Indian journal of veterinary science and animal husbandry - Volumes 18-21, 1948-1951
Year: 1948
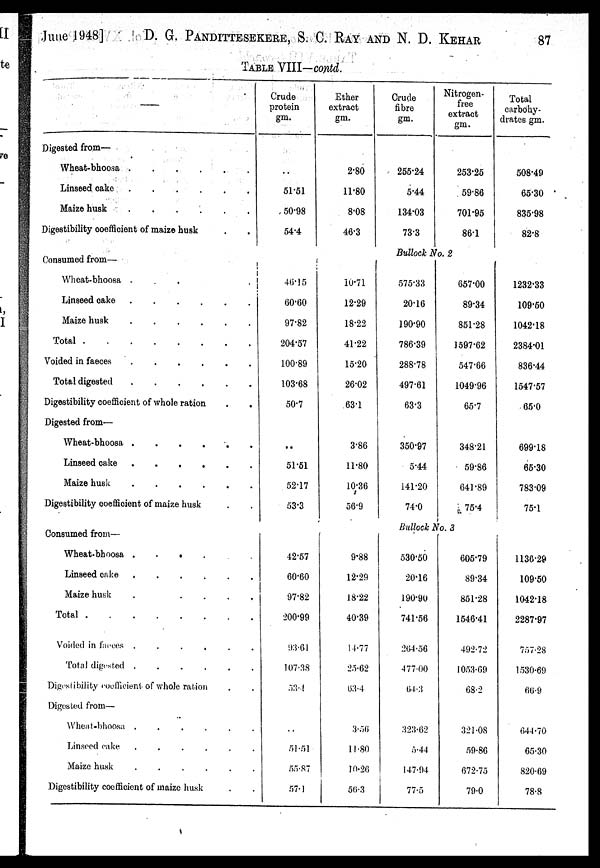
June 1948]
D. G. PANDITTESEKERE, S. C. RAY AND N. D.
KEHAR
87
TABLE VIII—contd.
Digested from—
Wheat-bhoosa
.
.
.
.
.
.
Linseed cake
.
.
.
.
.
.
Maize husk
.
.
.
.
.
.
Digestibility coefficient of maize husk . .
Consumed from—
Wheat-bhoosa
.
.
.
Linseed
cake
.
.
.
.
.
.
Maize husk
.
.
.
.
.
.
Total
.
.
.
.
.
.
.
.
Voided in faeces
.
.
.
.
.
.
Total digested
.
.
.
.
.
.
Digestibility coefficient of whole ration . .
Digested from—
Wheat-bhoosa
.
.
.
.
.
.
Linseed cake
.
.
.
.
.
.
Maize husk
.
.
.
.
.
.
Digestibility coefficient of maize husk . .
Consumed from—
Wheat-bhoosa . . . . . .
Linseed cake
.
.
.
.
.
.
Maize husk . . . . . .
Total
.
.
.
.
.
.
.
.
Voided in faeces
.
.
.
.
.
.
Total digested
.
.
.
.
.
.
Digestibility coefficient of whole ration . .
Digested from—
Wheat-bhoosa
.
.
.
.
.
.
Linseed cake
.
.
.
.
.
.
Maize husk
.
.
.
.
.
.
Digestibility coefficient of maize husk . .
Crude
protein
gm.
. .
51.51
50.98
54.4
Ether
extract
gm.
2.80
11.80
8.08
46.3
Crude
fibre
gm.
255.24
5.44
134.03
73.3
Nitrogen¬
free
extract
gm.
253.25
59.86
701.95
86.1
Total
carbohy-
drates gm.
508.49
65.30
835.98
82.8
Bullock No. 2
46.15
60.60
97.82
204.57
100.89
103.68
50.7
. .
51.51
52.17
53.3
10.71
12.29
18.22
41.22
15.20
26.02
63.1
3.86
11.80
10.36
56.9
575.33
20.16
190.90
786.39
288.78
497.61
63.3
350.97
5.44
141.20
74.0
657.00
89.34
851.28
1597.62
547.66
1049.96
65.7
348.21
59.86
641.89
75.4
1232.33
109.50
1042.18
2384.01
836.44
1547.57
65.0
699.18
65.30
783.09
75.1
Bullock No. 3
42.57
60.60
97.82
200.99
93.61
107.38
53.4
51.51
55.87
57.1
9.88
12.29
18.22
40.39
14.77
25.62
63.4
3.56
11.80
10.26
56.3
530.50
20.16
190.90
741.56
264.56
477.00
64.3
323.62
5.44
147.94
77.5
605.79
89.34
851.28
1546.41
492.72
1053.69
68.2
321.08
59.86
672.75
79.0
1136.29
109.50
1042.18
2287.97
757.28
1530.69
66.9
644.70
65.30
820.69
78.8